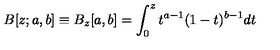
B [ z ; a , b ] \equiv B _ { z } [ a , b ] = \int _ { 0 } ^ { z } t ^ { a - 1 } ( 1 - t ) ^ { b - 1 } d t